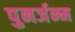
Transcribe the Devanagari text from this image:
पुनर्जन्‍म